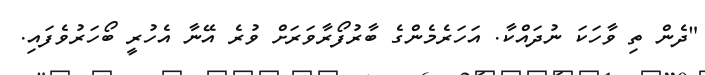
"ދެން ތި ވާހަކަ ނުދައްކާ. އަހަރެމެންގެ ބާރުފޯރާވަރަށް ވުރެ އޭނާ އެހުރީ ބޯހަރުވެފައި.